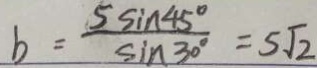
b = \frac { 5 \sin 4 5 ^ { \circ } } { \sin 3 0 ^ { \circ } } = 5 \sqrt { 2 }